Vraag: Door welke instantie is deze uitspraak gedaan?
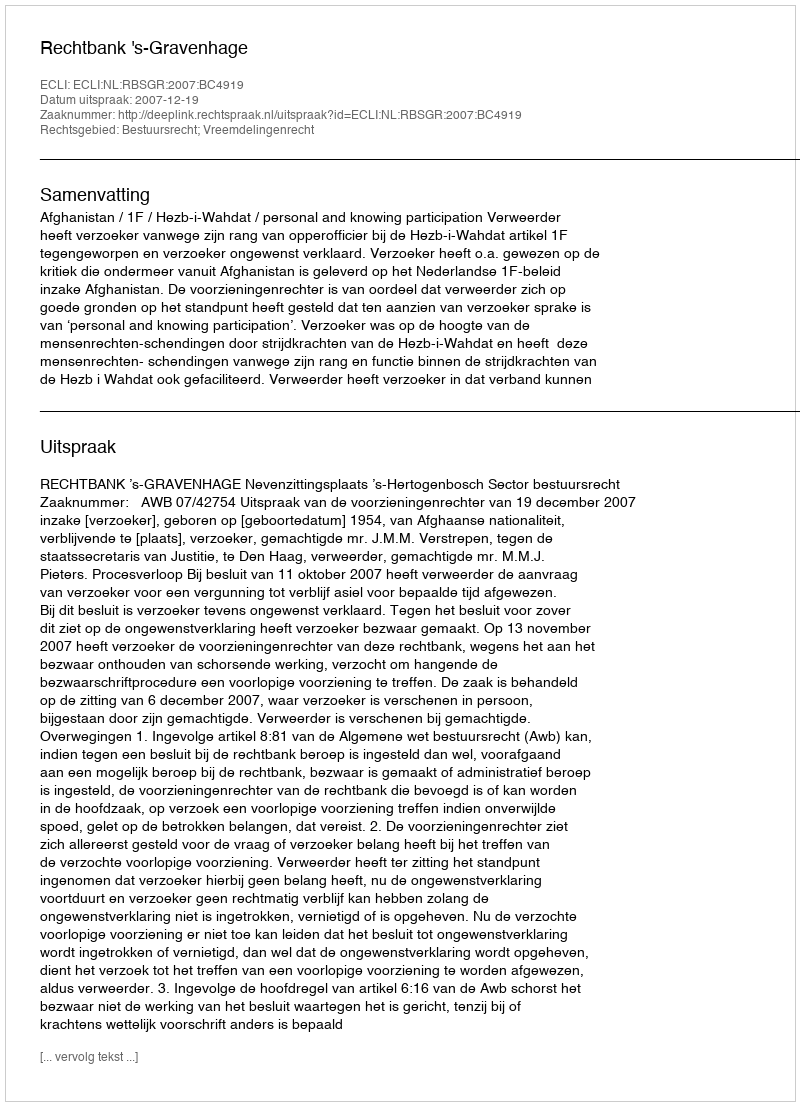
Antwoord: Rechtbank 's-Gravenhage